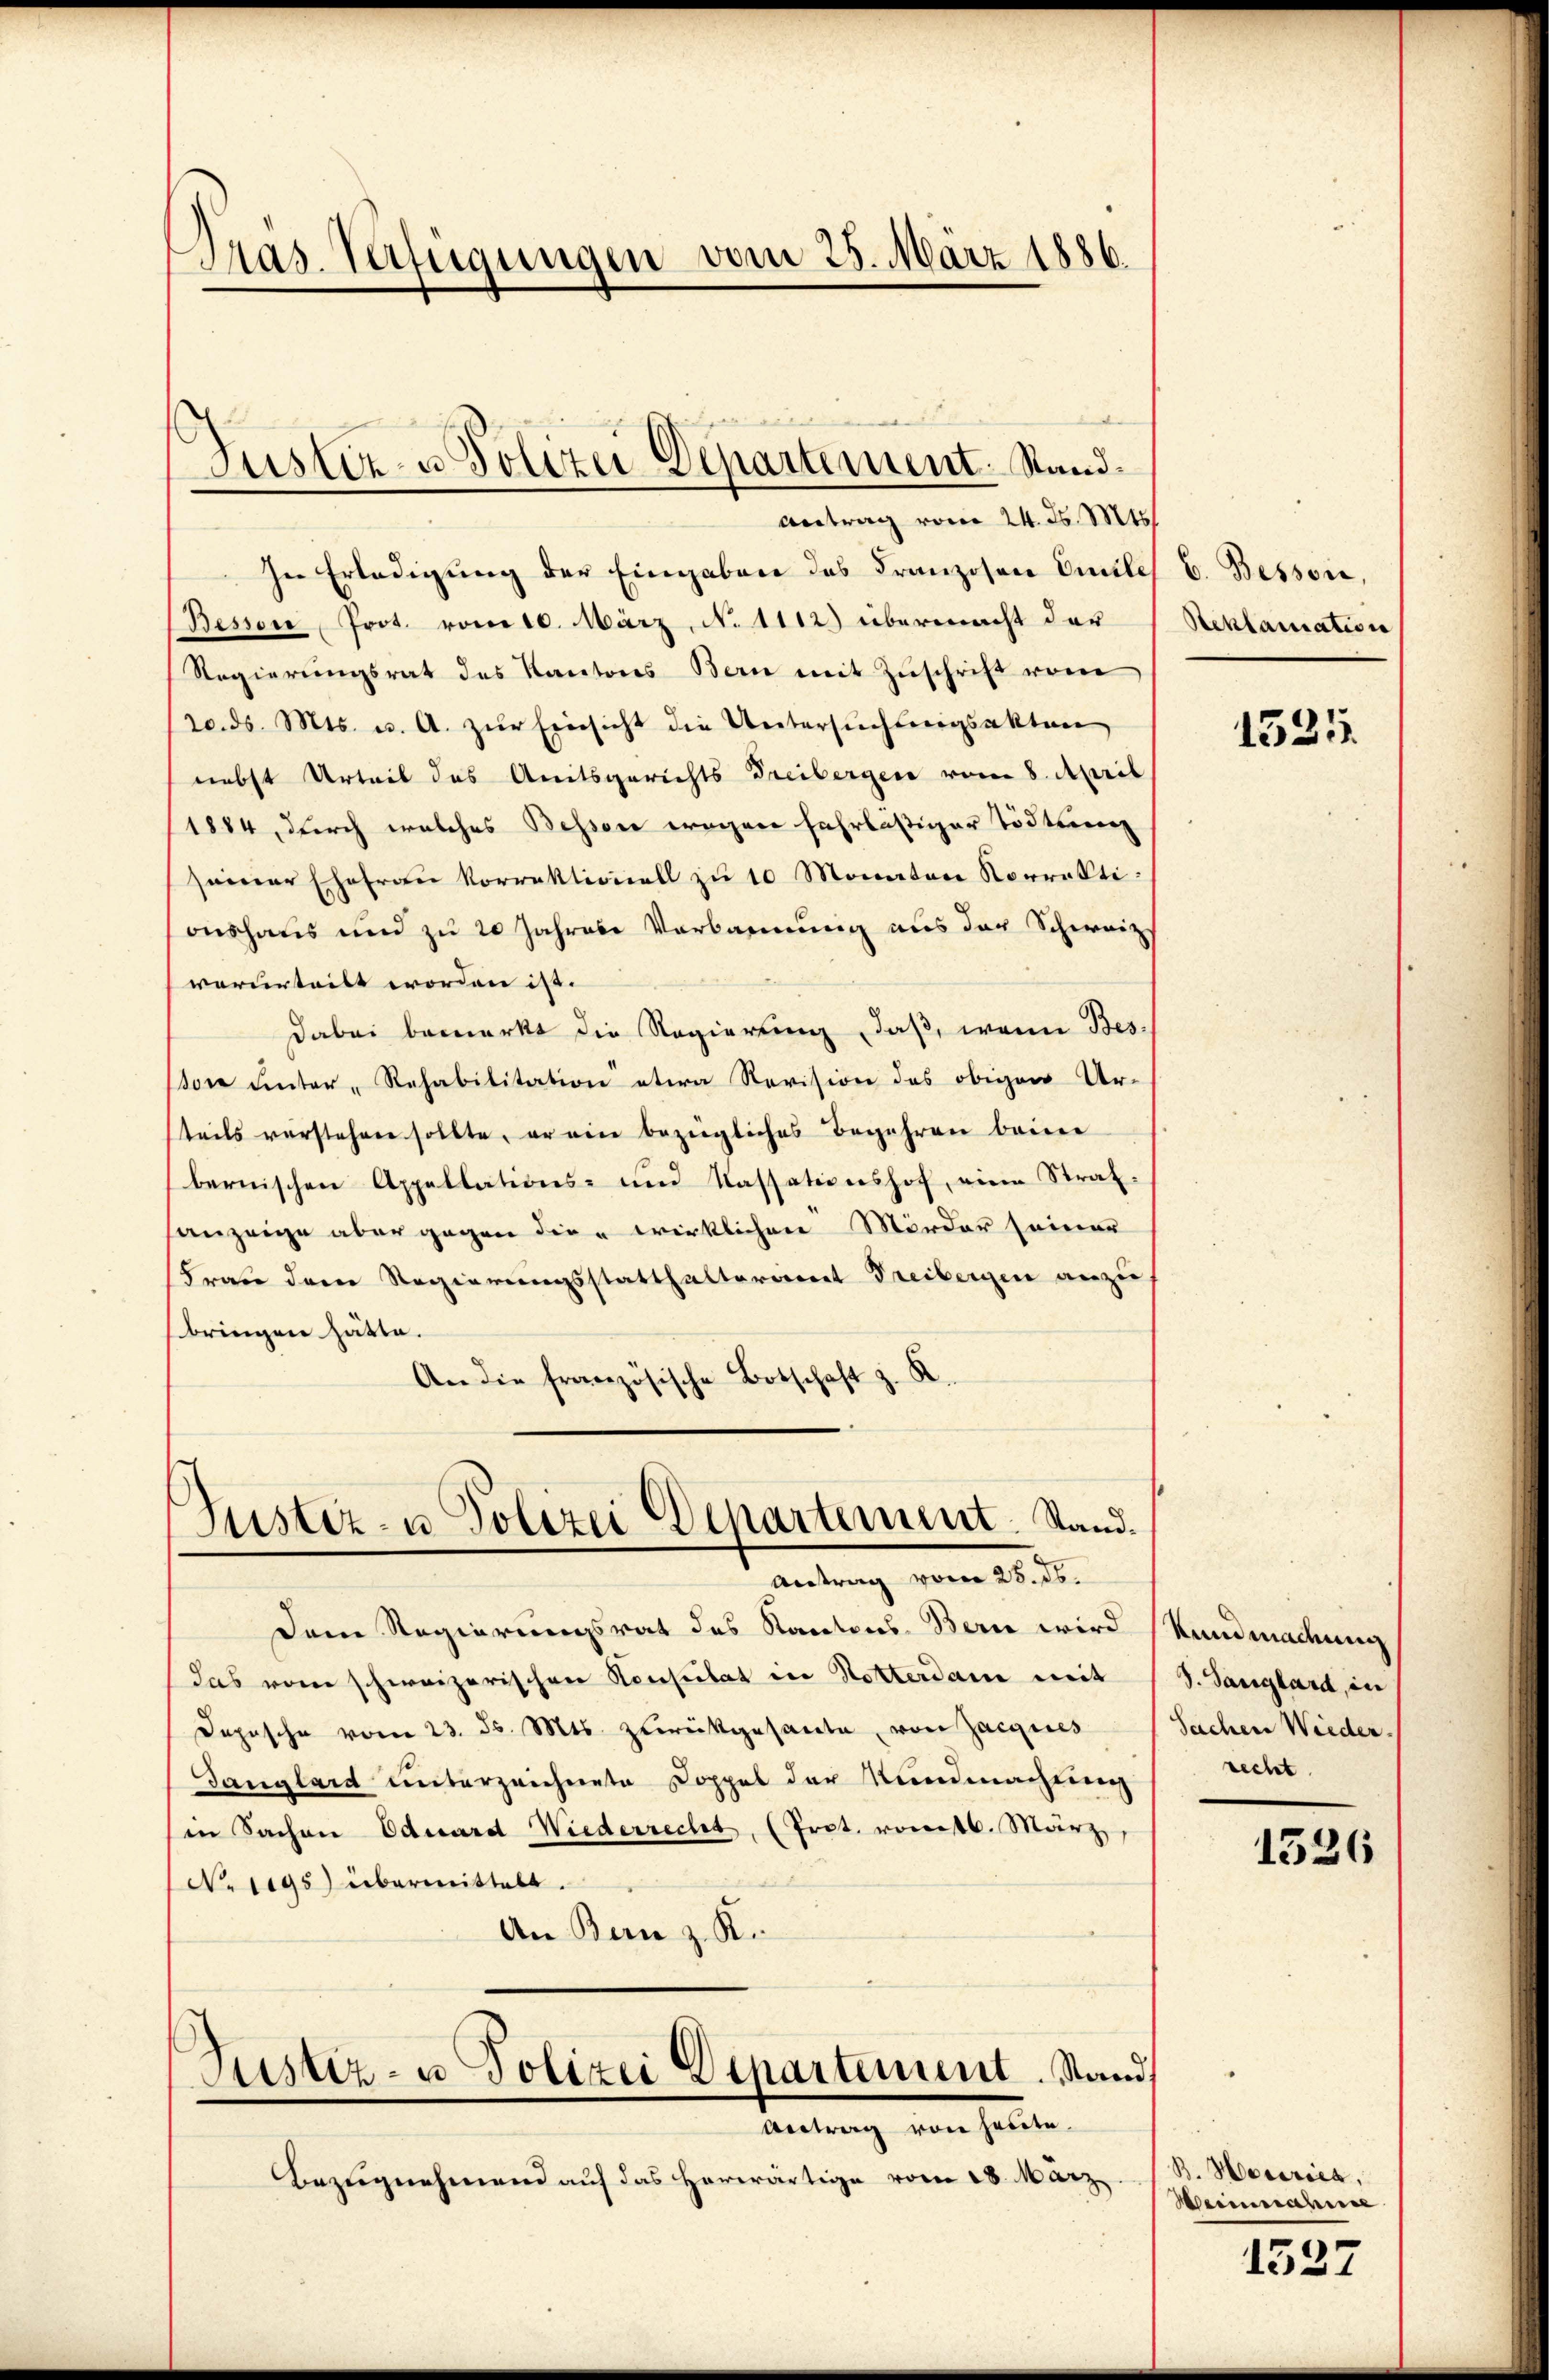
Pras. Verfügungen vom 25. März 1886.

Justiz- u Polizei Departement. Stand¬
Antrag vom 24. d. Mts.

In Erledigung der Eingaben des Franzosen Emiles E. Bessen,
Bessen Prot. vom 10. März, N. 1112) übermacht der
Regierŭngsrat des Kantons Bern mit Zŭschrift vom
20. ds. Mts. u. A. zur Einsicht die Untersuchtungsakten
nebst Urteil des Amtsgerichts Freibergen vom 8. April
1884, durch welches Bessere wegen Fahrlässiger Tödtung
seiner Ehefrau korrektionell zu 10 Monaten Norrekti
onshaus und zu 20 Jahrese Verbannung aus der Schweiz
vorderteilt worden ist.
dabei bemerkt die Regierung, daß, wenn Besson unter "Rehabilitation etwa Revision des obigen Ur-
teils verstehen sollte, er ein bezügliches Begehren baier
bernischen Appellations- und Kassationshof, eine Strafsanzeige aber gegen die wirklichen Mörder seiner
Frau dem Regierungsstatthalteriiert Freibergen anzu
bringen hätte.
An die französische Botschaft z. R.
Justiz- u Polizei Departement. Stand.

Dem Regierungsrat des Kantons Bern wird Kundmadung
das vom schweizerischen Konsulat in Notterdam mit
Dopische vom 23. ds. Mts. zurückgesante, von Zaignes
Gangland unterzeichnete Doppel der Kundmachung
in Sachen Eduard Wiederrecht, (Prot. romtl. März,
Nriigs) übermittelt.
An Benz. R.
Justiz- u Polizei Departement. Stand,

Antrag vom 25. ds.

bertrag von heute.

Bezugnehmend auf das herwärtige vom 18. März

Steklamation

1525.

S. Sanghard, in
Sachen Wieder.
recht.

1526

B. Hocarica,
Weinnahme

1537